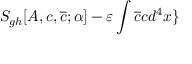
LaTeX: S _ { g h } [ A , c , \overline { { { c } } } ; \alpha ] - \varepsilon \int \overline { { { c } } } c d ^ { 4 } x \}